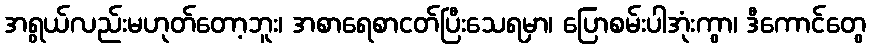
အရွယ်လည်းမဟုတ်တော့ဘူး၊ အစာရေစာငတ်ပြီးသေရမှာ၊ ပြောစမ်းပါအုံးကွာ၊ ဒီကောင်တွေ